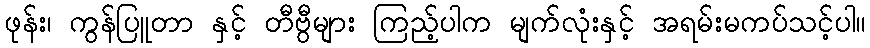
ဖုန်း၊ ကွန်ပြူတာ နှင့် တီဗွီများ ကြည့်ပါက မျက်လုံးနှင့် အရမ်းမကပ်သင့်ပါ။